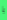
يا